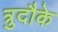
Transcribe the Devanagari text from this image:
त्रुदौके